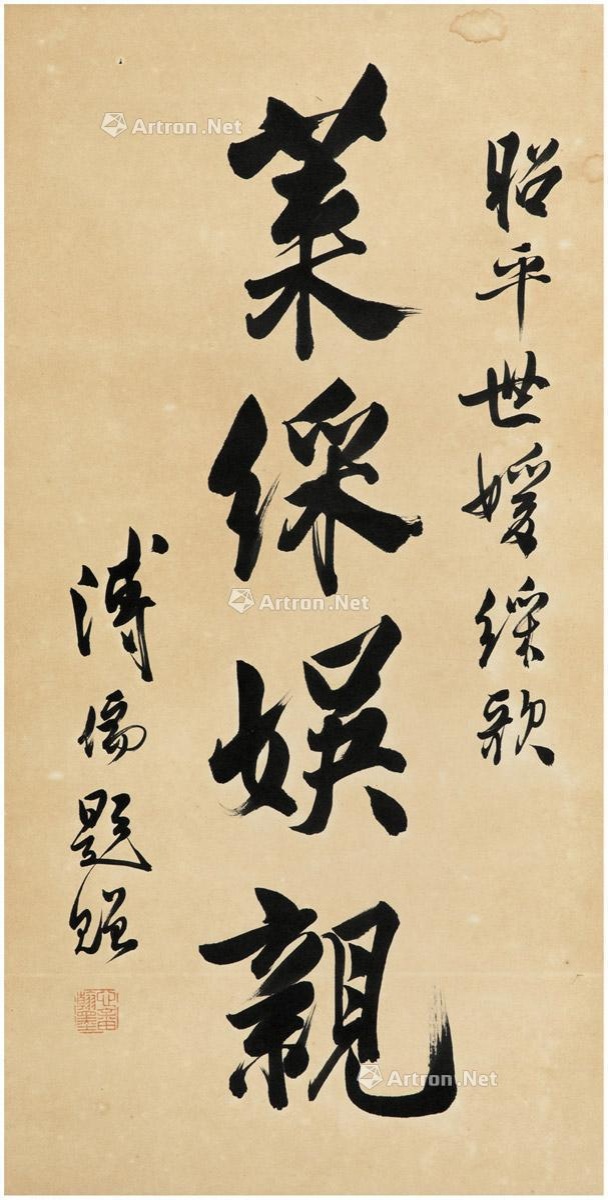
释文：莱彩娱亲。昭平世媛彩歌，溥儒题赠。